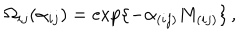
\Omega _ { i j } ( \alpha _ { i j } ) = \exp \{ - \alpha _ { ( i j ) } M _ { ( i j ) } \} \, ,